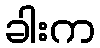
ခါးက